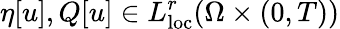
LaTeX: \eta[u],Q[u]\in L_{\mathrm{loc}}^{r}(\Omega\times(0,T))